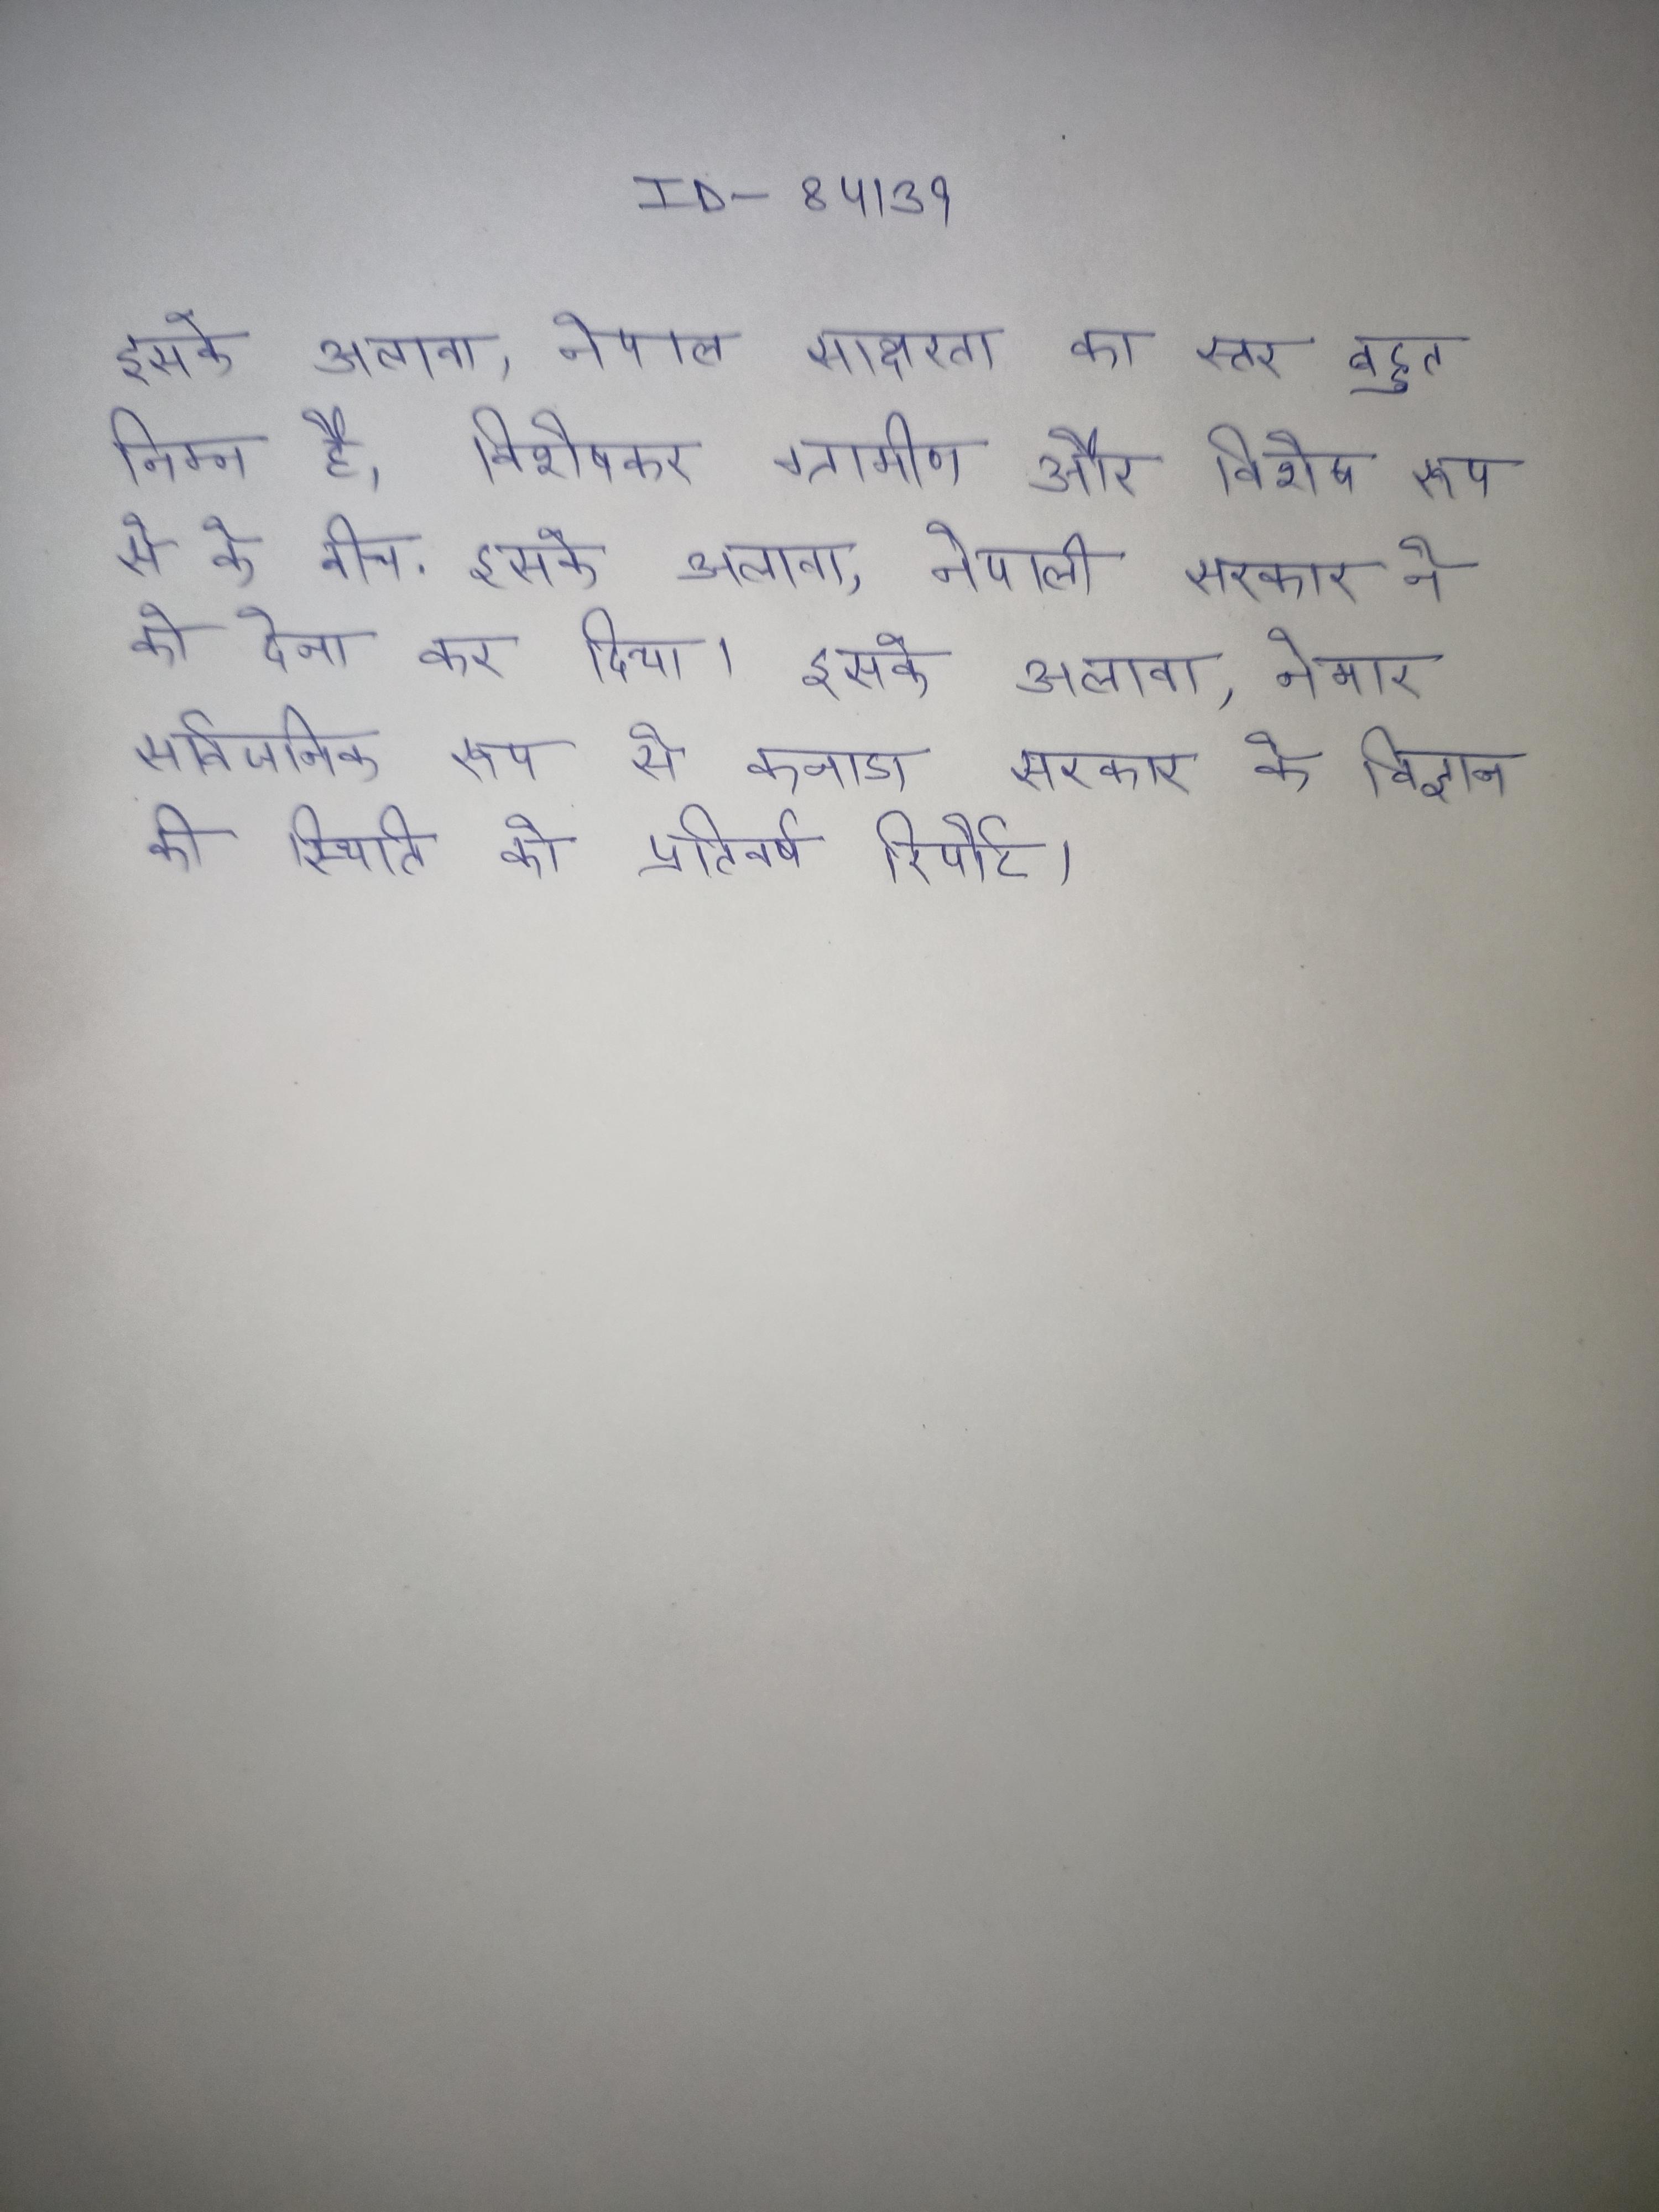
इसके अलावा, नेपाल साक्षरता का स्तर बहुत निम्न है, विशेषकर ग्रामीण और विशेष रूप से के बीच . इसके अलावा, नेपाली सरकार ने को देना कर दिया । इसके अलावा, नेमार सार्वजनिक रूप से कनाडा सरकार के विज्ञान की स्थिति को प्रतिवर्ष रिपोर्ट ।